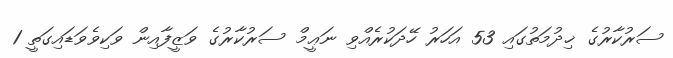
ސަރުކާރުގެ ޚިދުމަތުގައި 53 އަހަރު ހޭދަކުރެއްވި ނަޢީމް ސަރުކާރުގެ ވަޒީފާއިން ވަކިވެވަޑައިގަތީ 1